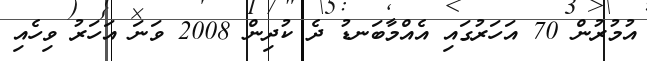
އުމުރުން 70 އަހަރުގައި އެއްމާބަނޑު ދެ ކުދިން 2008 ވަނަ އަހަރު ވިހެއި